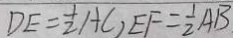
D E = \frac { 1 } { 2 } A C , E F = \frac { 1 } { 2 } A B